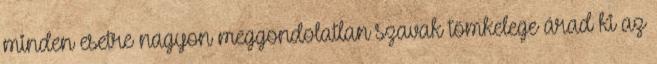
minden esetre nagyon meggondolatlan szavak tömkelege árad ki az